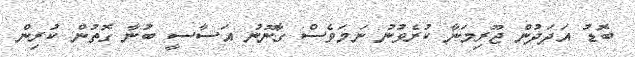
ބޮޑު އަދަދުން ޖޫރިމަނާ ކުރެވުނު ނަމަވެސް ގާނޫނު އަސާސީ ބުނާ ގޮތުން ކުރިން